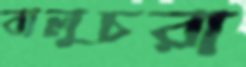
বালুচরা